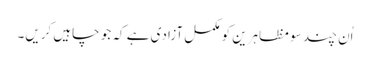
اُن چند سو مظاہرین کو مکمل آزادی ہے کہ جو چاہیں کریں۔